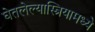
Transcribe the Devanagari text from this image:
घेतलेल्यास्त्रियामध्ये